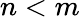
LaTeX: n<m